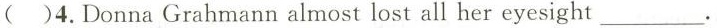
( )4.Donna Grahmann almost lost all her eyesight ___